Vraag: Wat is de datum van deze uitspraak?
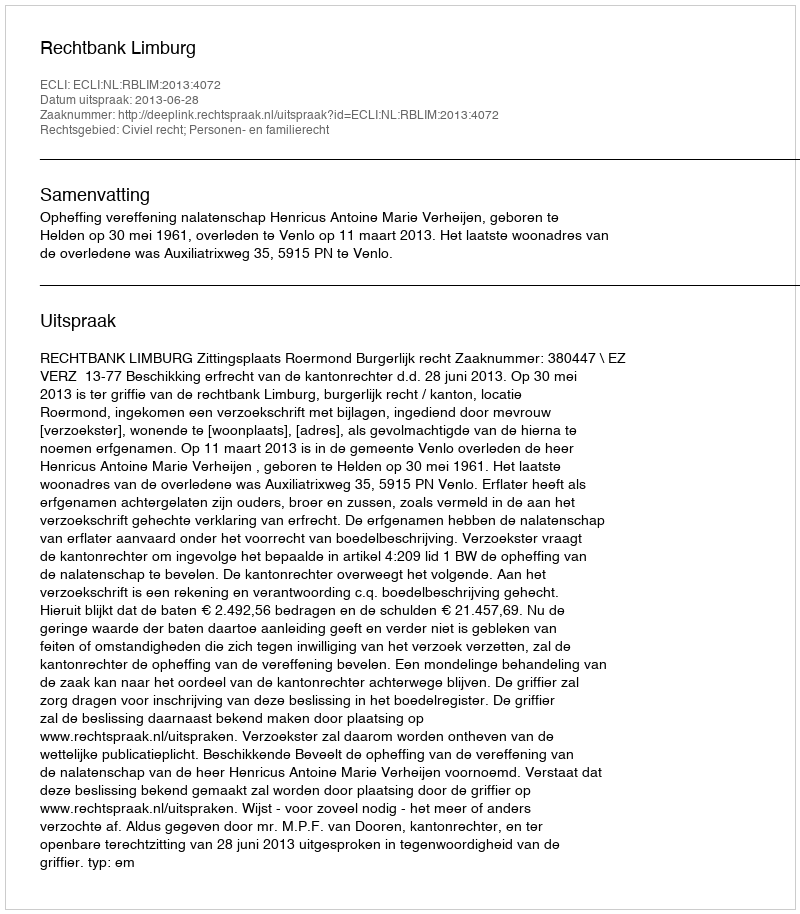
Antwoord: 2013-06-28